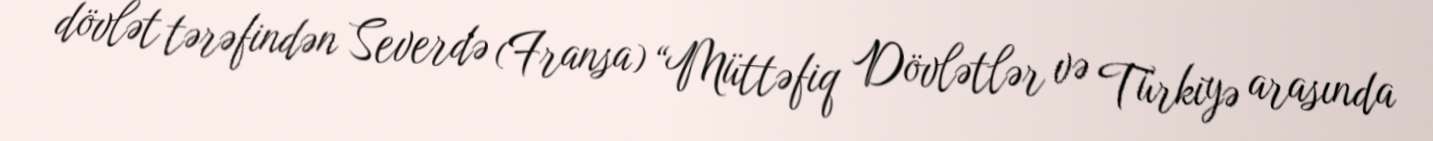
dövlət tərəfindən Severdə (Fransa) “Müttəfiq Dövlətlər və Türkiyə arasında